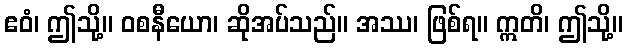
ဧဝံ၊ ဤသို့။ ဝစနီယော၊ ဆိုအပ်သည်။ အဿ၊ ဖြစ်ရ။ ဣတိ၊ ဤသို့။